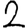
Digit: 2